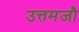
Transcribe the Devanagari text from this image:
उत्तमजौ